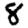
Digit: 8